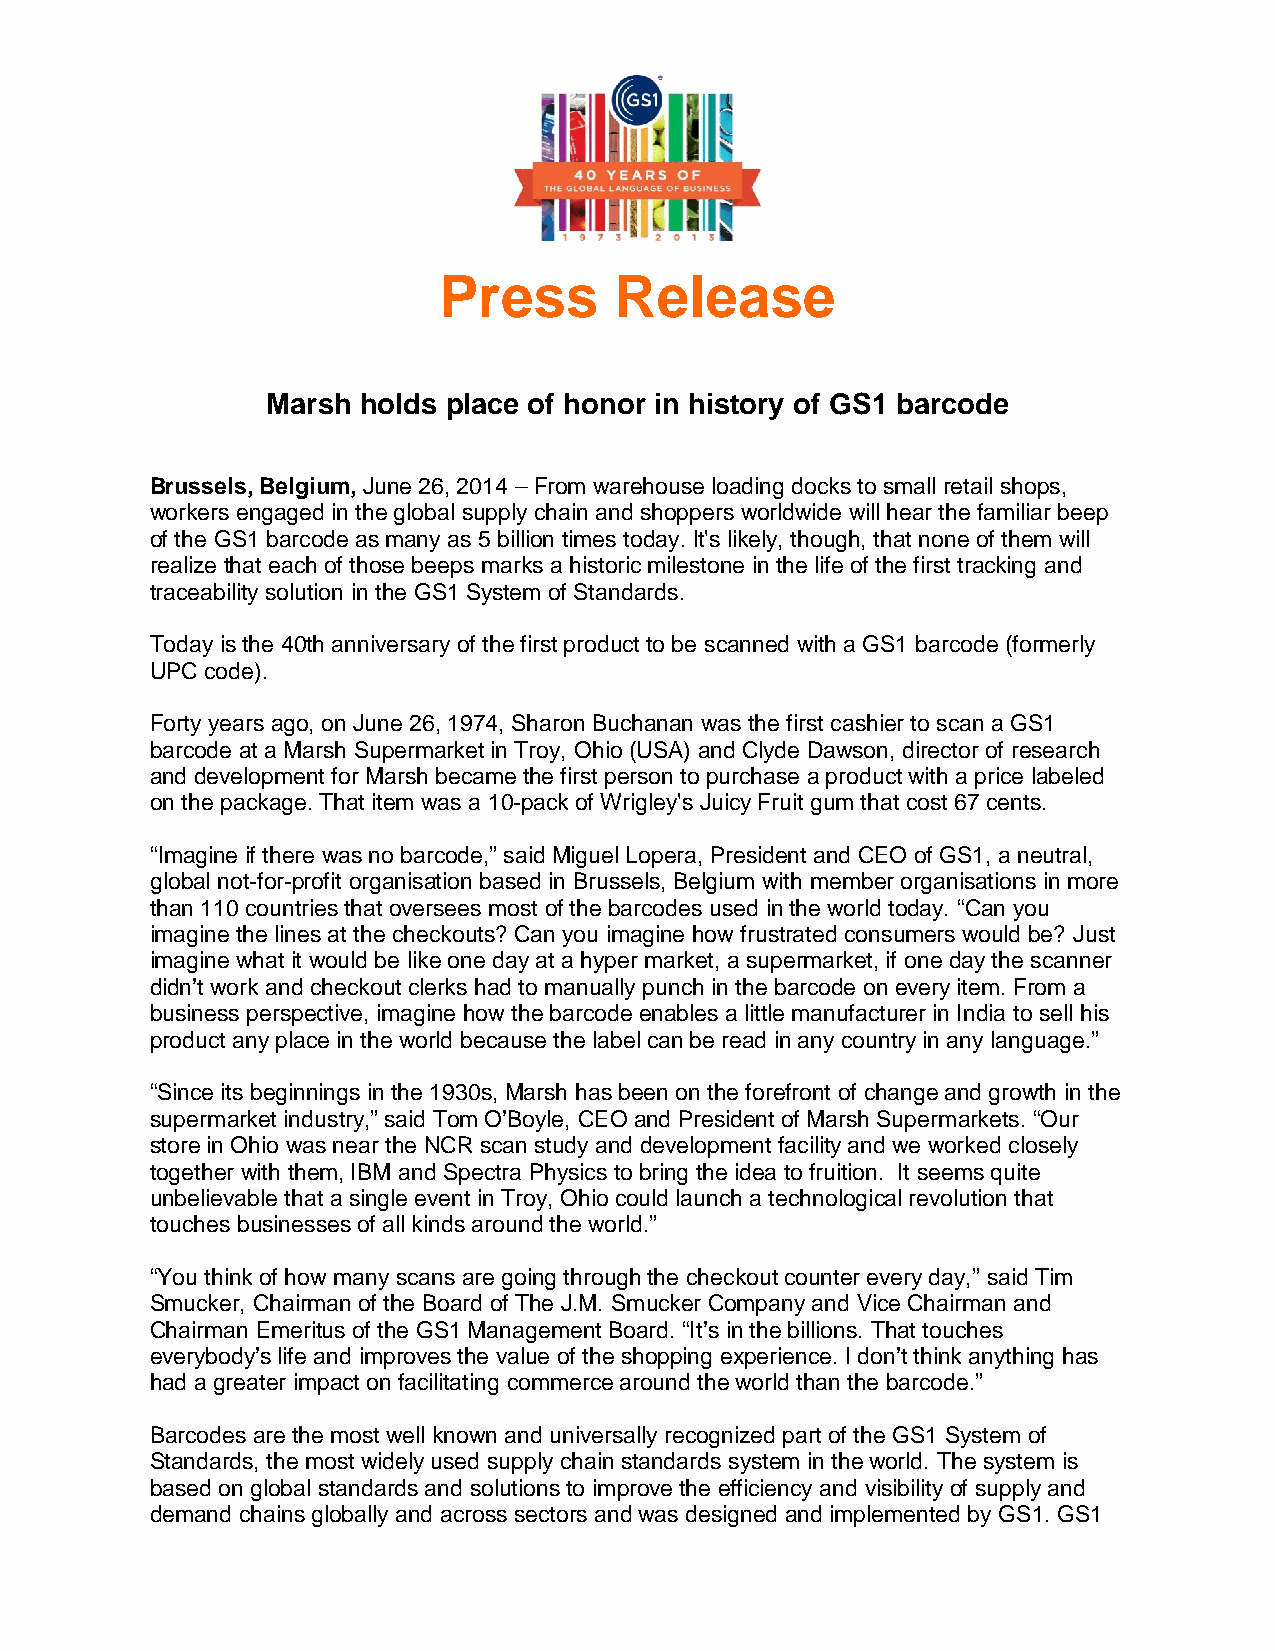
Press       Release
 Marsh holds place of honor in history of GS1 barcode
 Brussels, Belgium, June 26, 2014 – From warehouse loading docks to small retail shops,
 workers engaged in the global supply chain and shoppers worldwide will hear the familiar beep
 of the GS1 barcode as many as 5 billion times today. It's likely, though, that none of them will
 realize that each of those beeps marks a historic milestone in the life of the first tracking and
 traceability solution in the GS1 System of Standards.
 Today is the 40th anniversary of the first product to be scanned with a GS1 barcode (formerly
 UPC code).
 Forty years ago, on June 26, 1974, Sharon Buchanan was the first cashier to scan a GS1
 barcode at a Marsh Supermarket in Troy, Ohio (USA) and Clyde Dawson, director of research
 and development for Marsh became the first person to purchase a product with a price labeled
 on the package. That item was a 10-pack of Wrigley's Juicy Fruit gum that cost 67 cents.
 “Imagine if there was no barcode,” said Miguel Lopera, President and CEO of GS1, a neutral,
 global not-for-profit organisation based in Brussels, Belgium with member organisations in more
 than 110 countries that oversees most of the barcodes used in the world today. “Can you
 imagine the lines at the checkouts? Can you imagine how frustrated consumers would be? Just
 imagine what it would be like one day at a hyper market, a supermarket, if one day the scanner
 didn’t work and checkout clerks had to manually punch in the barcode on every item. From a
 business perspective, imagine how the barcode enables a little manufacturer in India to sell his
 product any place in the world because the label can be read in any country in any language.”
 “Since its beginnings in the 1930s, Marsh has been on the forefront of change and growth in the
 supermarket industry,” said Tom O’Boyle, CEO and President of Marsh Supermarkets. “Our
 store in Ohio was near the NCR scan study and development facility and we worked closely
 together with them, IBM and Spectra Physics to bring the idea to fruition. It seems quite
 unbelievable that a single event in Troy, Ohio could launch a technological revolution that
 touches businesses of all kinds around the world.”
 “You think of how many scans are going through the checkout counter every day,” said Tim
 Smucker, Chairman of the Board of The J.M. Smucker Company and Vice Chairman and
 Chairman Emeritus of the GS1 Management Board. “It’s in the billions. That touches
 everybody’s life and improves the value of the shopping experience. I don’t think anything has
 had a greater impact on facilitating commerce around the world than the barcode.”
 Barcodes are the most well known and universally recognized part of the GS1 System of
 Standards, the most widely used supply chain standards system in the world. The system is
 based on global standards and solutions to improve the efficiency and visibility of supply and
 demand chains globally and across sectors and was designed and implemented by GS1. GS1